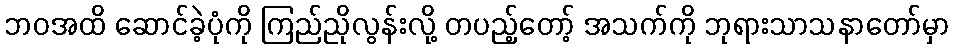
ဘဝအထိ ဆောင်ခဲ့ပုံကို ကြည်ညိုလွန်းလို့ တပည့်တော့် အသက်ကို ဘုရားသာသနာတော်မှာ